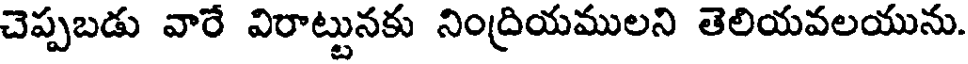
చెప్పబడు వారే విరాట్టునకు నింద్రియములని తెలియవలయును.